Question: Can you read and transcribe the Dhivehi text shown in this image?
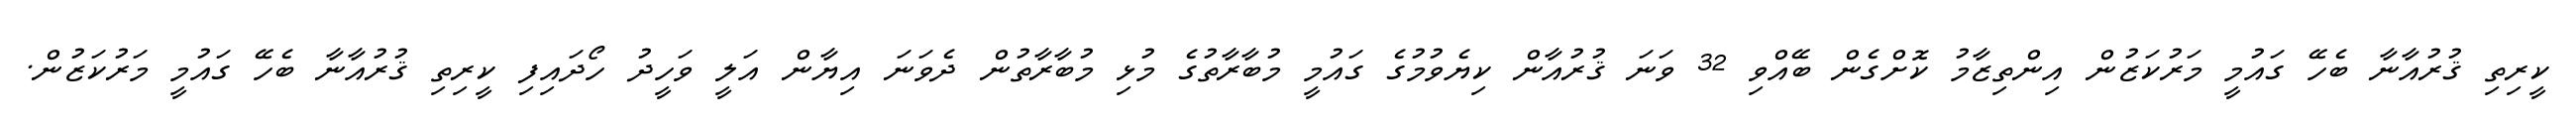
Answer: ކީރިތި ޤުރުއާނާ ބެހޭ ގައުމީ މަރުކަޒުން އިންތިޒާމު ކޮށްގެން ބޭއްވި 32 ވަނަ ޤުރުއާން ކިޔެވުމުގެ ގައުމީ މުބާރާތުގެ މުޅި މުބާރާތުން ދެވަނަ އިޔާން އަލީ ވަހީދު ހޯދައިފި ކީރިތި ޤުރުއާނާ ބެހޭ ގައުމީ މަރުކަޒުން.